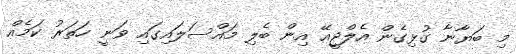
މި ބަޔާނާ ގުޅިގެން އެލްޖީއޭ އިން ބެލި މައްސަލައިގައި ވަނީ ހަތަރު ކަމެއް